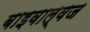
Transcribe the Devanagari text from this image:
बाइवाल्वज